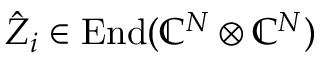
\hat { Z } _ { i } \in \operatorname { E n d } ( \mathbb { C } ^ { N } \otimes \mathbb { C } ^ { N } )